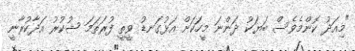
"މިއަދު ކޮންމެވެސް ބަޔަކު ދަންނަ މީހަކަށް އަޅުގަނޑު ވީތީ ފުރަތަމަ ޝުކުރު އަދާކުރާނީ